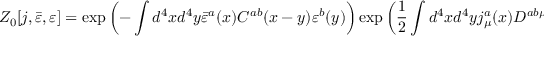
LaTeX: Z _ { 0 } [ j , { \bar { \varepsilon } } , \varepsilon ] = \exp \left( - \int d ^ { 4 } x d ^ { 4 } y { \bar { \varepsilon } } ^ { a } ( x ) C ^ { a b } ( x - y ) \varepsilon ^ { b } ( y ) \right) \exp \left( { \frac { 1 } { 2 } } \int d ^ { 4 } x d ^ { 4 } y j _ { \mu } ^ { a } ( x ) D ^ { a b \mu \nu } ( x - y ) j _ { \nu } ^ { b } ( y ) \right)